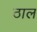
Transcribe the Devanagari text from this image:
ठाल